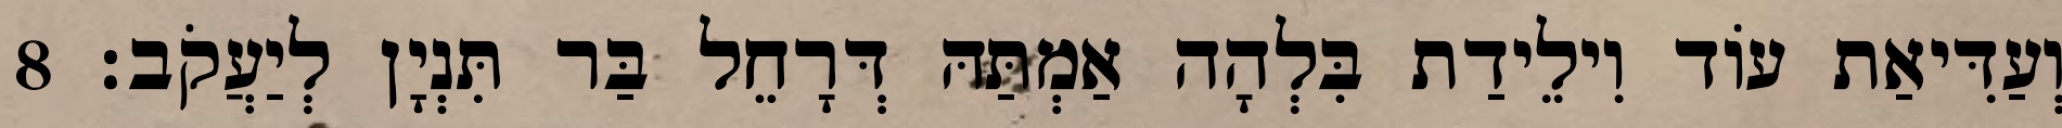
וְעַדִּיאַת עוֹד וִילֵידַת בִּלְהָה אַמְתַּהּ דְּרָחֵל בַּר תִּנְיָן לְיַעֲקֹב׃ 8